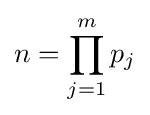
n=\prod _{j=1}^{m}p_{j}